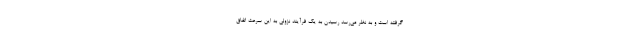
گرفته است و به نظر می‌رسد رسیدن به یک فرآیند نزولی به این سرعت اتفاق